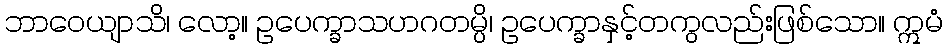
ဘာဝေယျာသိ၊ လော့။ ဥပေက္ခာသဟဂတမ္ပိ၊ ဥပေက္ခာနှင့်တကွလည်းဖြစ်သော။ ဣမံ